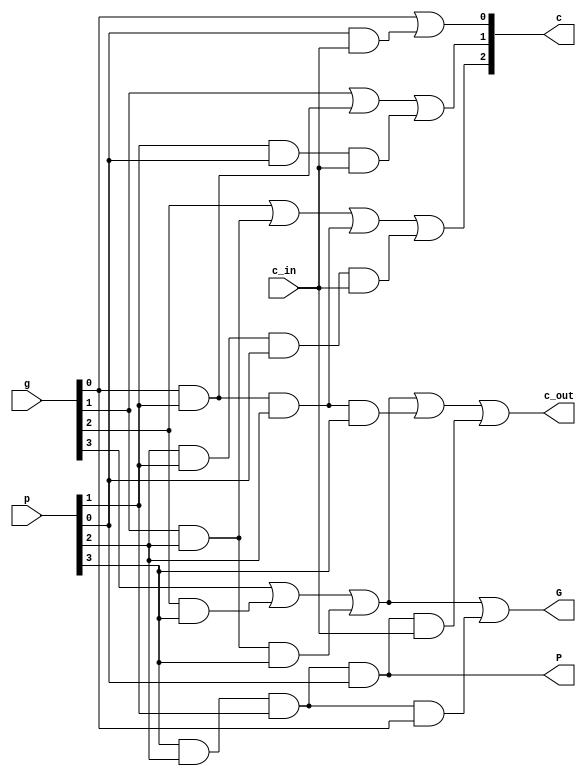
module lookahead(c_in, c_out, c, p, g, P, G);
   input [3:0] p, g;
   input c_in;
   
   output [2:0] c;
   output c_out;
   output P, G;
   
   assign  c[0] = g[0] | (p[0] & c_in); 
   assign  c[1] = g[1] | (g[0] & p[1]) | (p[1] & p[0] & c_in); 
   assign  c[2] = g[2] | (g[1] & p[2]) | (g[0] & p[1] & p[2]) | (p[2] & p[1] & p[0] & c_in); 
   assign  c_out = g[3] | (g[2] & p[3]) | (g[1] & p[2] & p[3]) | (g[0] & p[1] & p[2] & p[3]) | (p[3] & p[2] & p[1] & p[0] & c_in);  
   
   assign  G = g[3] | (g[2] & p[3]) | (g[1] & p[2] & p[3]) | (p[3] & p[2] & p[1] & g[0]);
   assign  P = p[3] & p[2] & p[1] & p[0];
   
endmodule